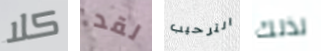
كلا لقد الترحيب لذلك